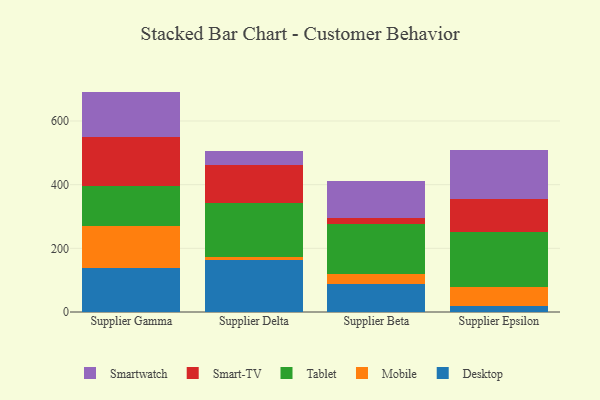
{"axis": {"x": "Supplier", "y": "Budget (USD K)"}, "legend": ["Desktop", "Mobile", "Smart-TV", "Smartwatch", "Tablet"], "data": [{"x": "Supplier Gamma", "y": 138.0, "type": "Desktop"}, {"x": "Supplier Gamma", "y": 130.9, "type": "Mobile"}, {"x": "Supplier Gamma", "y": 127.0, "type": "Tablet"}, {"x": "Supplier Gamma", "y": 152.6, "type": "Smart-TV"}, {"x": "Supplier Gamma", "y": 143.9, "type": "Smartwatch"}, {"x": "Supplier Delta", "y": 162.4, "type": "Desktop"}, {"x": "Supplier Delta", "y": 9.6, "type": "Mobile"}, {"x": "Supplier Delta", "y": 170.0, "type": "Tablet"}, {"x": "Supplier Delta", "y": 119.3, "type": "Smart-TV"}, {"x": "Supplier Delta", "y": 44.5, "type": "Smartwatch"}, {"x": "Supplier Beta", "y": 87.4, "type": "Desktop"}, {"x": "Supplier Beta", "y": 31.0, "type": "Mobile"}, {"x": "Supplier Beta", "y": 158.8, "type": "Tablet"}, {"x": "Supplier Beta", "y": 16.9, "type": "Smart-TV"}, {"x": "Supplier Beta", "y": 116.4, "type": "Smartwatch"}, {"x": "Supplier Epsilon", "y": 18.2, "type": "Desktop"}, {"x": "Supplier Epsilon", "y": 60.1, "type": "Mobile"}, {"x": "Supplier Epsilon", "y": 172.3, "type": "Tablet"}, {"x": "Supplier Epsilon", "y": 105.2, "type": "Smart-TV"}, {"x": "Supplier Epsilon", "y": 152.2, "type": "Smartwatch"}]}